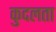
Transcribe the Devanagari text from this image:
कुदलता